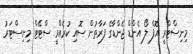
މިނިސްޓްރީ އޮފް ލޯ އެންޑް ޖެންޑާގެ ފަރާތުން ސޮއި ކުރެއްވީ ސްޓޭޓް މިނިސްޓަރު